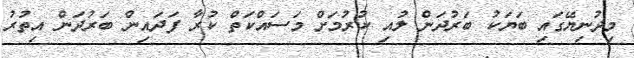
މިދުނިޔޭގައި ބަޔަކު ބަރުދަން ލުއި ކުރުމަށް މަސައްކަތް ކުރާ ފަދައިން ބަރުދަން އިތުރު